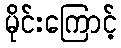
မိုင်းကြောင့်